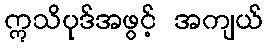
ဣသိပုဒ်အဖွင့် အကျယ်